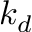
k _ { d }